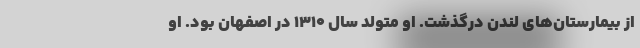
از بیمارستان‌های لندن درگذشت. او متولد سال ۱۳۱۰ در اصفهان بود. او